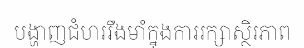
បង្ហាញជំហររឹងមាំក្នុងការរក្សាស្ថិរភាព